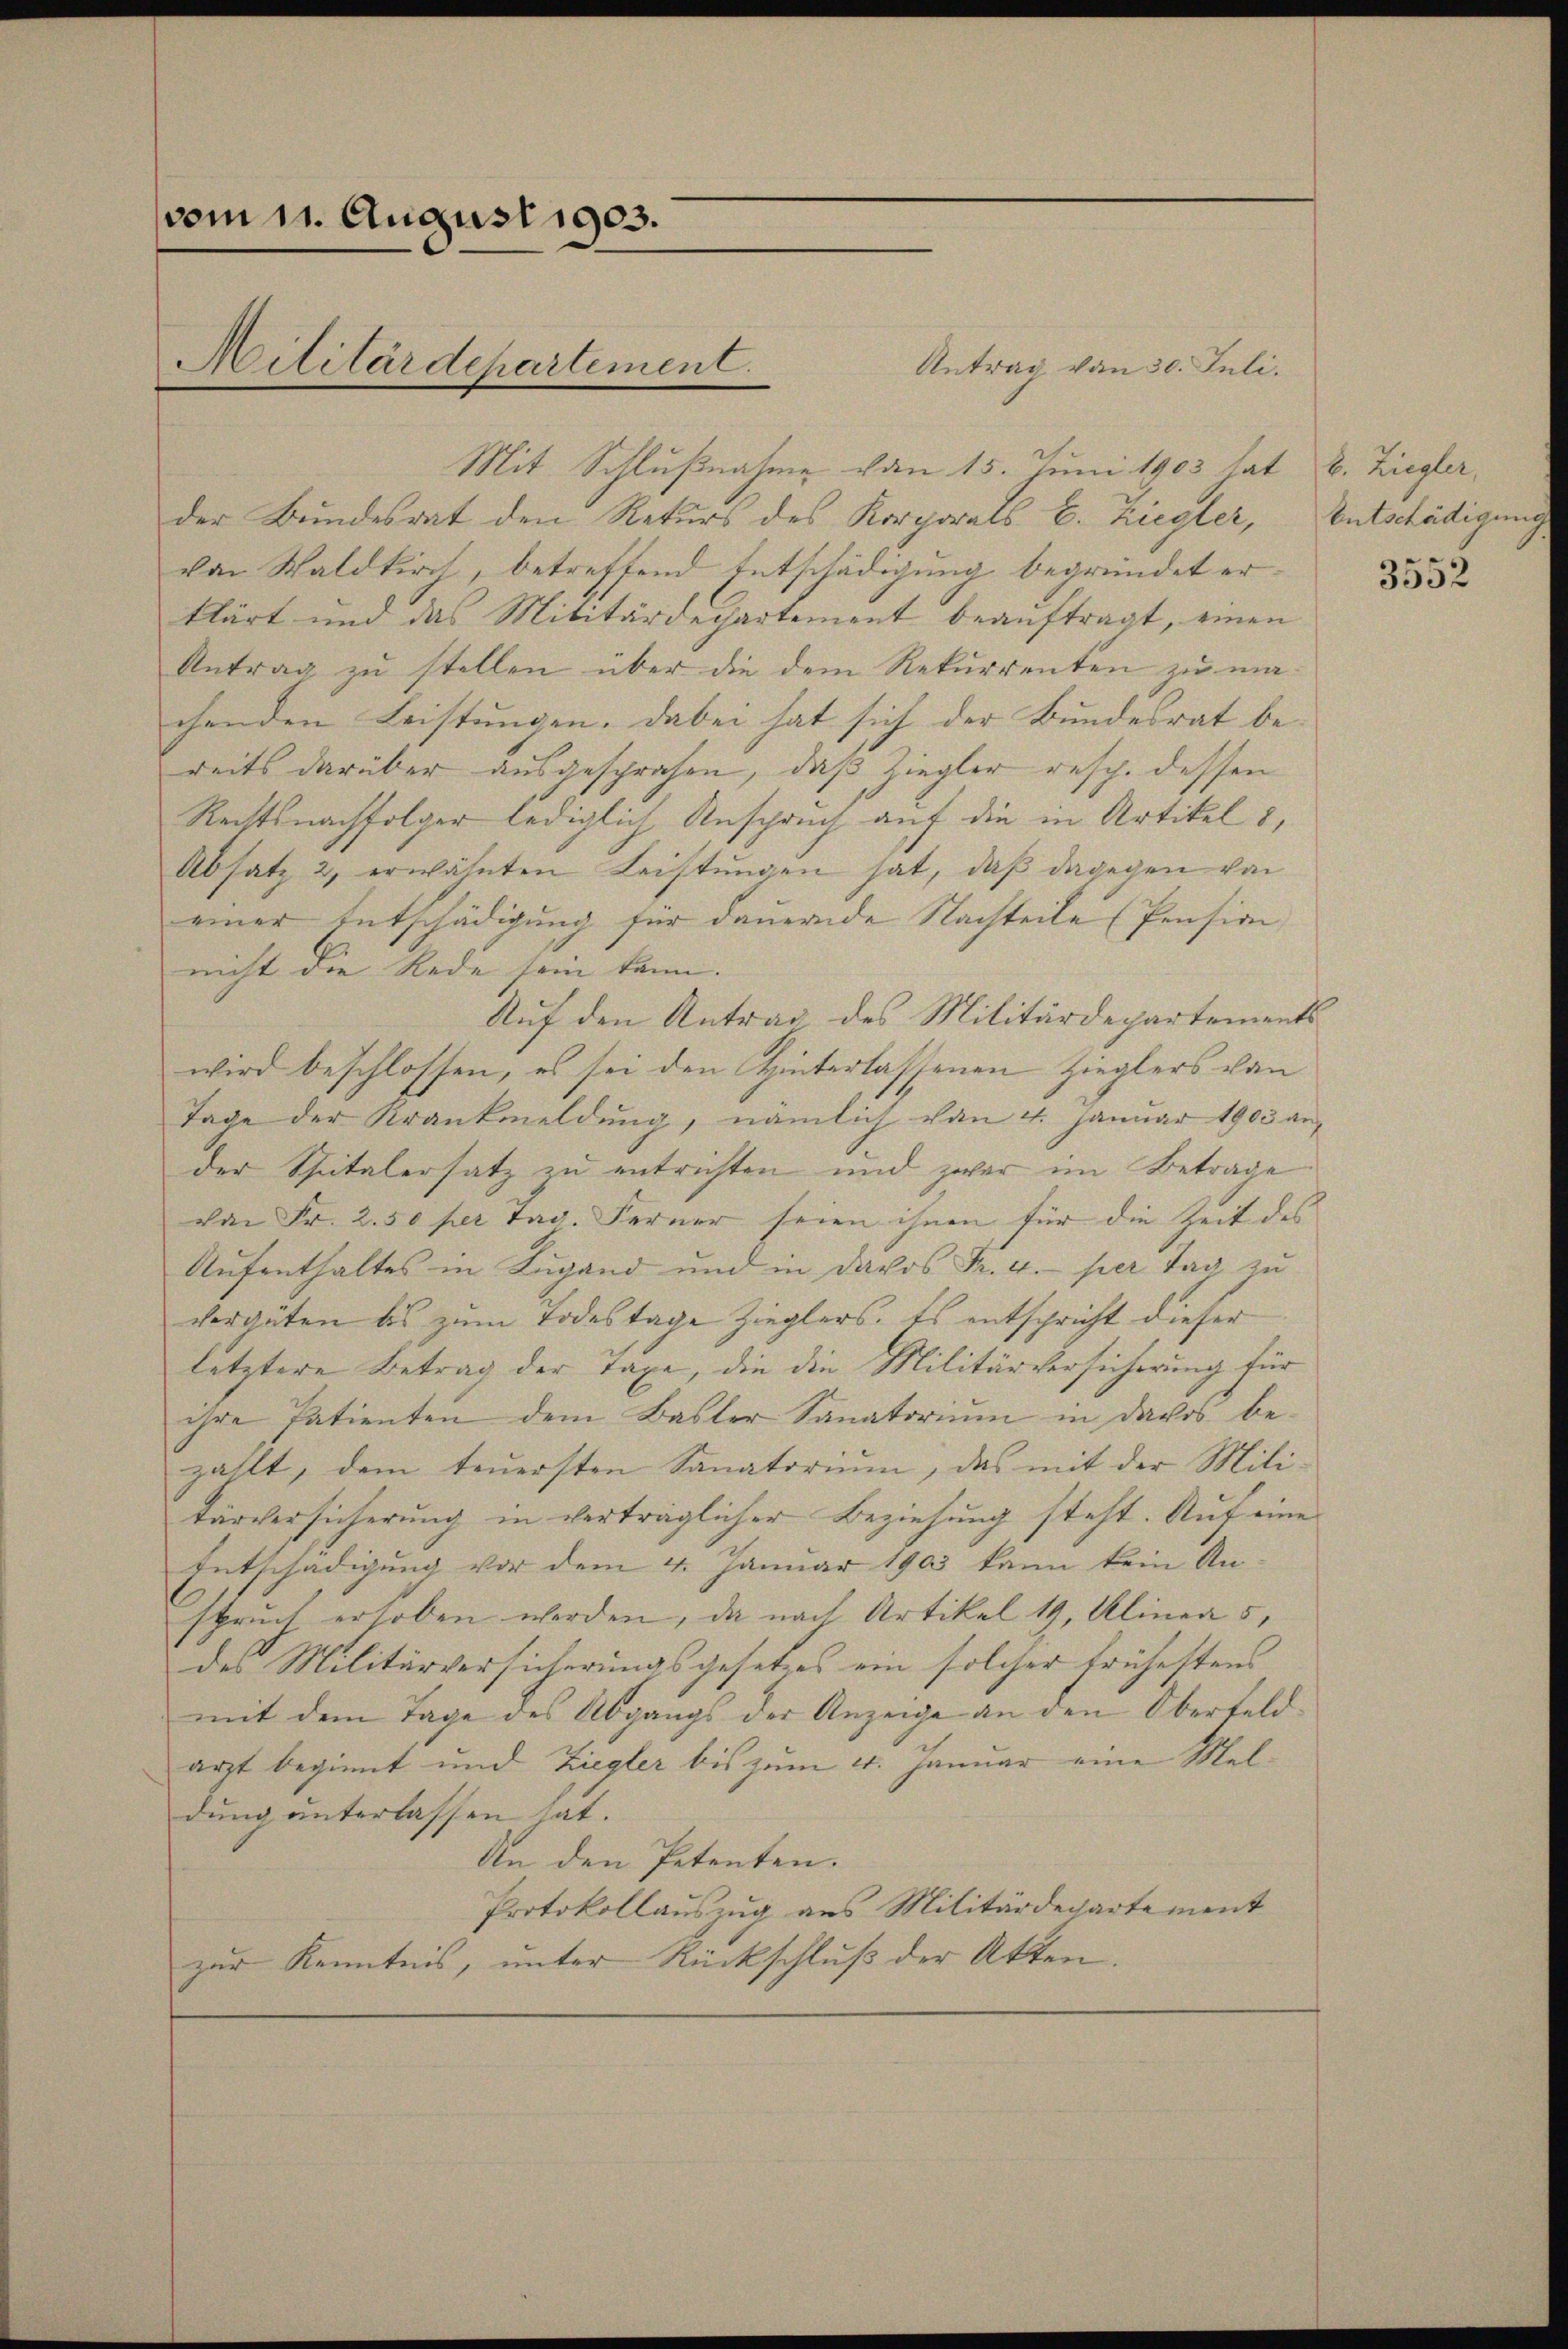
vom 11. August 1903.
Militärdepartement.

Antrag von 30. Juli.
Mit Schlußnahme vom 15. Juni 1903 hat
der Bundesrat den Rekurs des Korporats E. Ziegler,
von Waldkirch, betreffend Entschädigung begründet er
klärt und das Militärdepartement beauftragt, einen
Antrag zu stellen über die dem Rekurrenten zu machenden Leistungen. Dabei hat sich der Bundesrat bereits darüber ausgesprochen, daß Ziegler resp. dessen
Rechtsnachfolger lediglich Anspruch auf die in Artikel 8,
Absatz 2, erwähnten Leistŭngen hat, daß dagegen von
einer Entschädigung für dauernde Nachteile (Pension
nicht die Rede sein kann.
Auf den Antrag des Militärdepartements
wird beschlossen, es sei den Hinterlassenen Zieglers von
Tage der Krankmeldung, nämlich von 4. Januar 1903 ander Spitalersatz zu entrichten und zwar im Betrage
von Fr. 2.50 per Tag. Ferner seien ihnen für die Zeit des
Aufenthaltes in Lugand und in Davos Fr. 4. per Tag zu
vergüten bis zum Todestage Zieglers. Es entspricht dieser
letztere Betrag der Taxe, die die Militärversicherung für
ihre Patienten dem Basler Sanatoriŭm in davos be-
zählt, dem teuersten Sanatorium, das mit der Mili-
tärversicherung in verträglicher Beziehung steht. Auf eine
Entschädigung vor dem 4. Januar 1903 kann kein An-
spruch erhoben werden, da nach Artikel 19, Alinea 5,
des Militärversicherungsgesetzes ein solcher frühestens
mit dem Tage des Abgangs der Anzeige an den Oberfeldarzt beginnt und Ziegler bis zum 4. Januar eine Meldung unterlassen hat.
An den Petenten.
Protokollauszug aus Militärdepartement
zur Kenntnis, unter Rückschluß der Akten.

b. Ziegler,
Entschädigung

3552